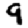
Digit: 9